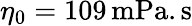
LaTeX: \eta_{0}=109\, \mathrm{{mPa.s}}